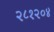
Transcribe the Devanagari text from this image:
२८१२०४